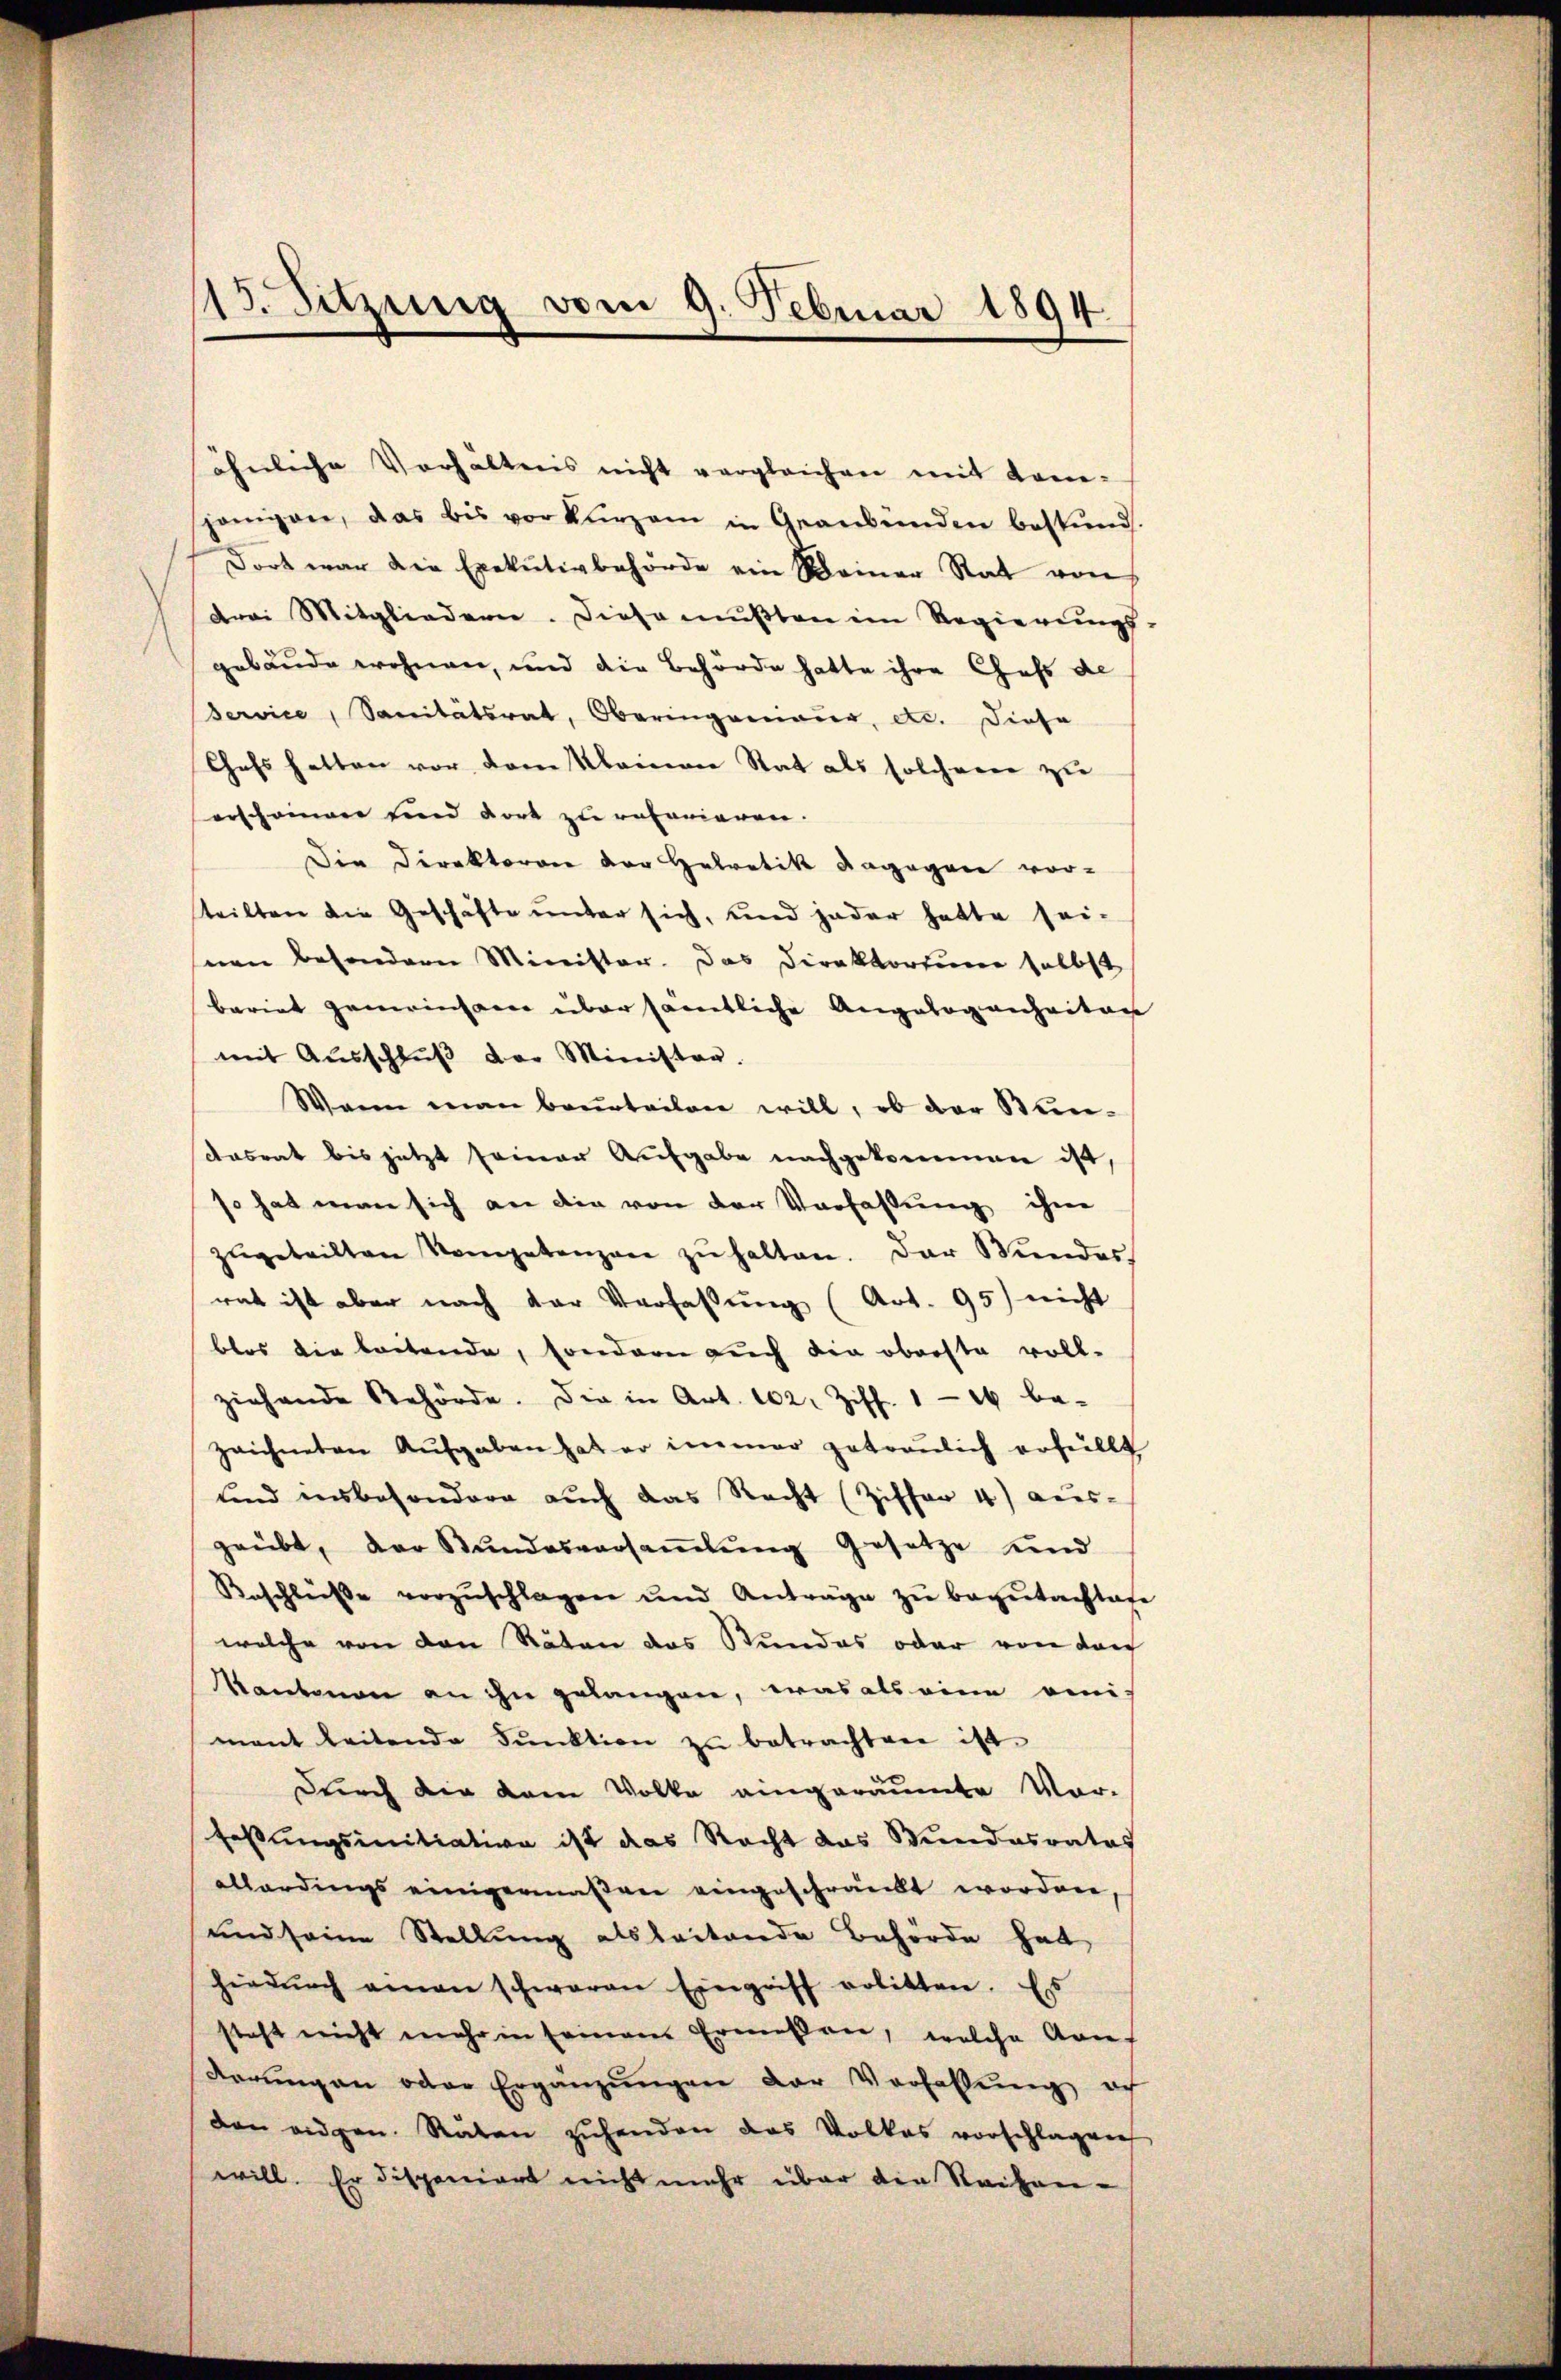
ähnliche Verhältnis nicht vergleichen mit Komjenigen, das bis vor kurzem in Graubünden bestand.
Dort war die Exekutivbehörde ein Meiner Rat von
drei Mitgliedern. Diese mußten im Regierungs-
gebäude wohnen, und die Behörde hatte ihre Chefs de
Service, Sanitätsrat, Oberingenieur, etc. Diese
Chefs hatten vor dem Kleinen Stat als solcheren zu
erscheinen und dort zu retarieren.
Die Direktoren der Helvetik dagegen vor-
teilten die Geschäfte unter sich, und jeder hatte sei-
nen besondern Minister. Das Direktorium selbst
bariet gemeinsam über sämtliche Angelogenheiten
mit Ausschlŭβ der Minister.
Wann man beurteilen will, ob der Stundasrat bis jetzt seiner Aufgabe nachgekommen ist,
so hat man sich an die von der Vorfassung ihne
zŭgeteilten Kompetenzen zŭ halten. Der Bŭndes
rat ist aber nach der Verfassung (Art. 95) nicht
blos die leitende, sondern auch die oberste voll-
ziehende Behörde. Die in Art. 102. Ziff. 116 be-
zeichneten Aufgaben hat er immer getraulich erfüllt
und insbesondere auch das Recht (Ziffer 4) aus-
geübt, der Stŭndesversaṁlŭng gesetze und
Beschlüsse vorzŭschlagen und Anträge zu begutachtete
welche von den Räten das Stundes oder von den
Kantonen an ihn gelangen, was als eine veni
mant leitende Pŭnktion zŭ betrachten ist.
Durch die dem Volke eingeräumte Vor-
Fassungsinitiation ist das Recht das Stundesrates
allerdings einigermaßen eingeschränkt worden,
und seine Stellung alsleitende Behörde hat
hiedŭrch einen schwaren Eingriff erlitten. Es
steht nicht mehr in seinem Ermessen, welche Arres
derŭng an oder Ergänzŭngen der Verfassŭng ich
den eidgen. Räten zŭhenden das Volkes vorschlagen
will. Er disponiert nicht mehr über der Reihen-

113. Sitzung vom 9. Februar 1894.